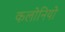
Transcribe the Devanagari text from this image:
कलोनियो